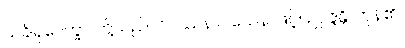
သင်္ခါရုပေက္ခာ၊ တို့သည်။ ဝိပဿနာဝသေန၊ ဖြင့်။ ဥပ္ပဇ္ဇန္တိ၊ ကုန်၏။